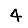
Digit: 4